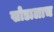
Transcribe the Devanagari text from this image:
खोडालाच